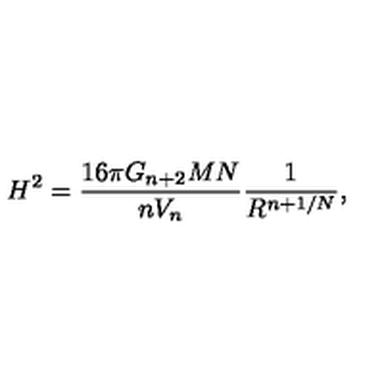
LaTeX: H ^ { 2 } = \frac { 1 6 \pi G _ { n + 2 } M N } { n V _ { n } } \frac { 1 } { R ^ { n + 1 / N } } ,